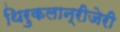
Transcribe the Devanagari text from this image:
थिरुकलान्रीजेरी